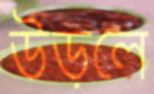
উড়লে